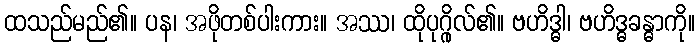
ထသည်မည်၏။ ပန၊ အဖိုတစ်ပါးကား။ အဿ၊ ထိုပုဂ္ဂိုလ်၏။ ဗဟိဒ္ဓါ၊ ဗဟိဒ္ဓခန္ဓာကို။